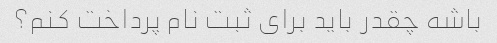
باشه چقدر باید برای ثبت نام پرداخت کنم؟